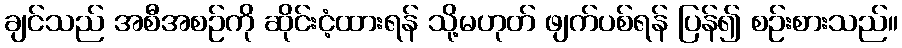
ချင်သည် အစီအစဉ်ကို ဆိုင်းငံ့ထားရန် သို့မဟုတ် ဖျက်ပစ်ရန် ပြန်၍ စဉ်းစားသည်။